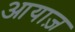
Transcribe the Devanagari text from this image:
आयाज़